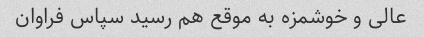
عالی و خوشمزه به موقع هم رسید سپاس فراوان